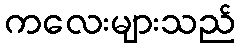
ကလေးများသည်